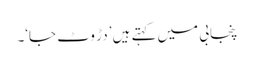
پنجابی میں کہتے ہیں ’دڑ وٹ جا‘۔